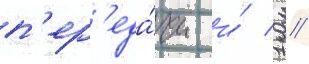
п'ер'еда́чи и́ 1 /